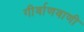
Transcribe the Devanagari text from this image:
गीर्वाणवाणी